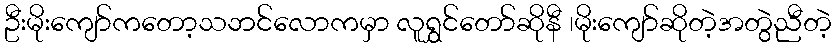
ဦးမိုးကျော်ကတော့သဘင်လောကမှာ လူရွှင်တော်ဆိုနီ ၊မိုးကျော်ဆိုတဲ့အတွဲညီတဲ့